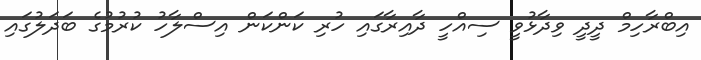
އިބްރާހިމް ދީދީ ވިދާޅުވީ ސިއްހީ ދާއިރާގައި ހުރި ކަންކަން އިސްލާހު ކުރުމުގެ ބަދަލުގައި